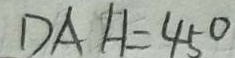
D A H = 4 5 ^ { \circ }